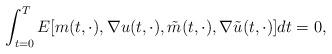
LaTeX: \begin{align*} \int_{t=0}^T E [ m(t,\cdot),\nabla u(t,\cdot), \tilde m(t,\cdot), \nabla \tilde u(t,\cdot)] dt=0, \end{align*}